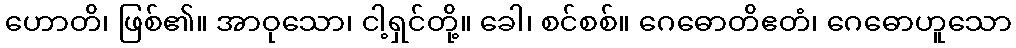
ဟောတိ၊ ဖြစ်၏။ အာဝုသော၊ ငါ့ရှင်တို့။ ခေါ၊ စင်စစ်။ ဂေဓောတိဧတံ၊ ဂေဓောဟူသော